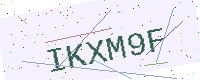
Text: IKXM9F